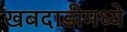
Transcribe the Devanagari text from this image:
खबदाडीमध्ये